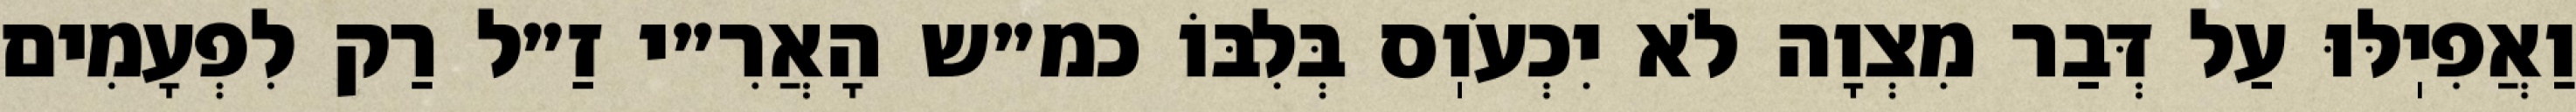
וַאֲפִיֽלּוּ עַל דְּבַר מִצְוָה לֹא יִכְעֹוֽס בְּלִבּוֹ כמ״ש הָאֲרִ״י זַ״ל רַק לִפְעָמִים